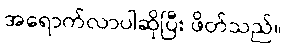
အရောက်လာပါဆိုပြီး ဖိတ်သည်။